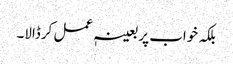
بلکہ خواب پر بعینہٖ عمل کرڈالا۔